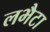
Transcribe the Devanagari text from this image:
लभैटा